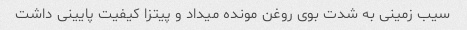
سیب زمینی به شدت بوی روغن مونده میداد و پیتزا کیفیت پایینی داشت